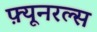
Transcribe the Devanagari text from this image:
फ़्यूनरल्स